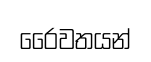
රෛවතයන්